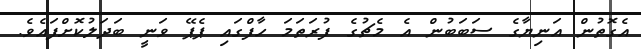
އެގޮތުން އަނިޔާގެ ސަބަބުން އެ މެޗުގެ ފުރަތަމަ ހާފްގައި ޕެޕޭ ވަނީ ބަދަލުކޮށްފައެވެ.